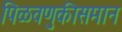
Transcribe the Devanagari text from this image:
पिळवणुकीसमान